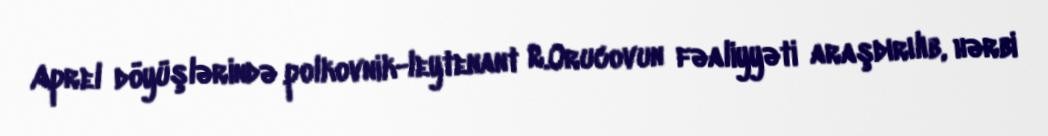
Aprel döyüşlərində polkovnik-leytenant R.Orucovun fəaliyyəti araşdırılıb, hərbi